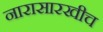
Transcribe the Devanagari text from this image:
नारासारखीच